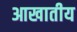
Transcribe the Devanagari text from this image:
आखातीय